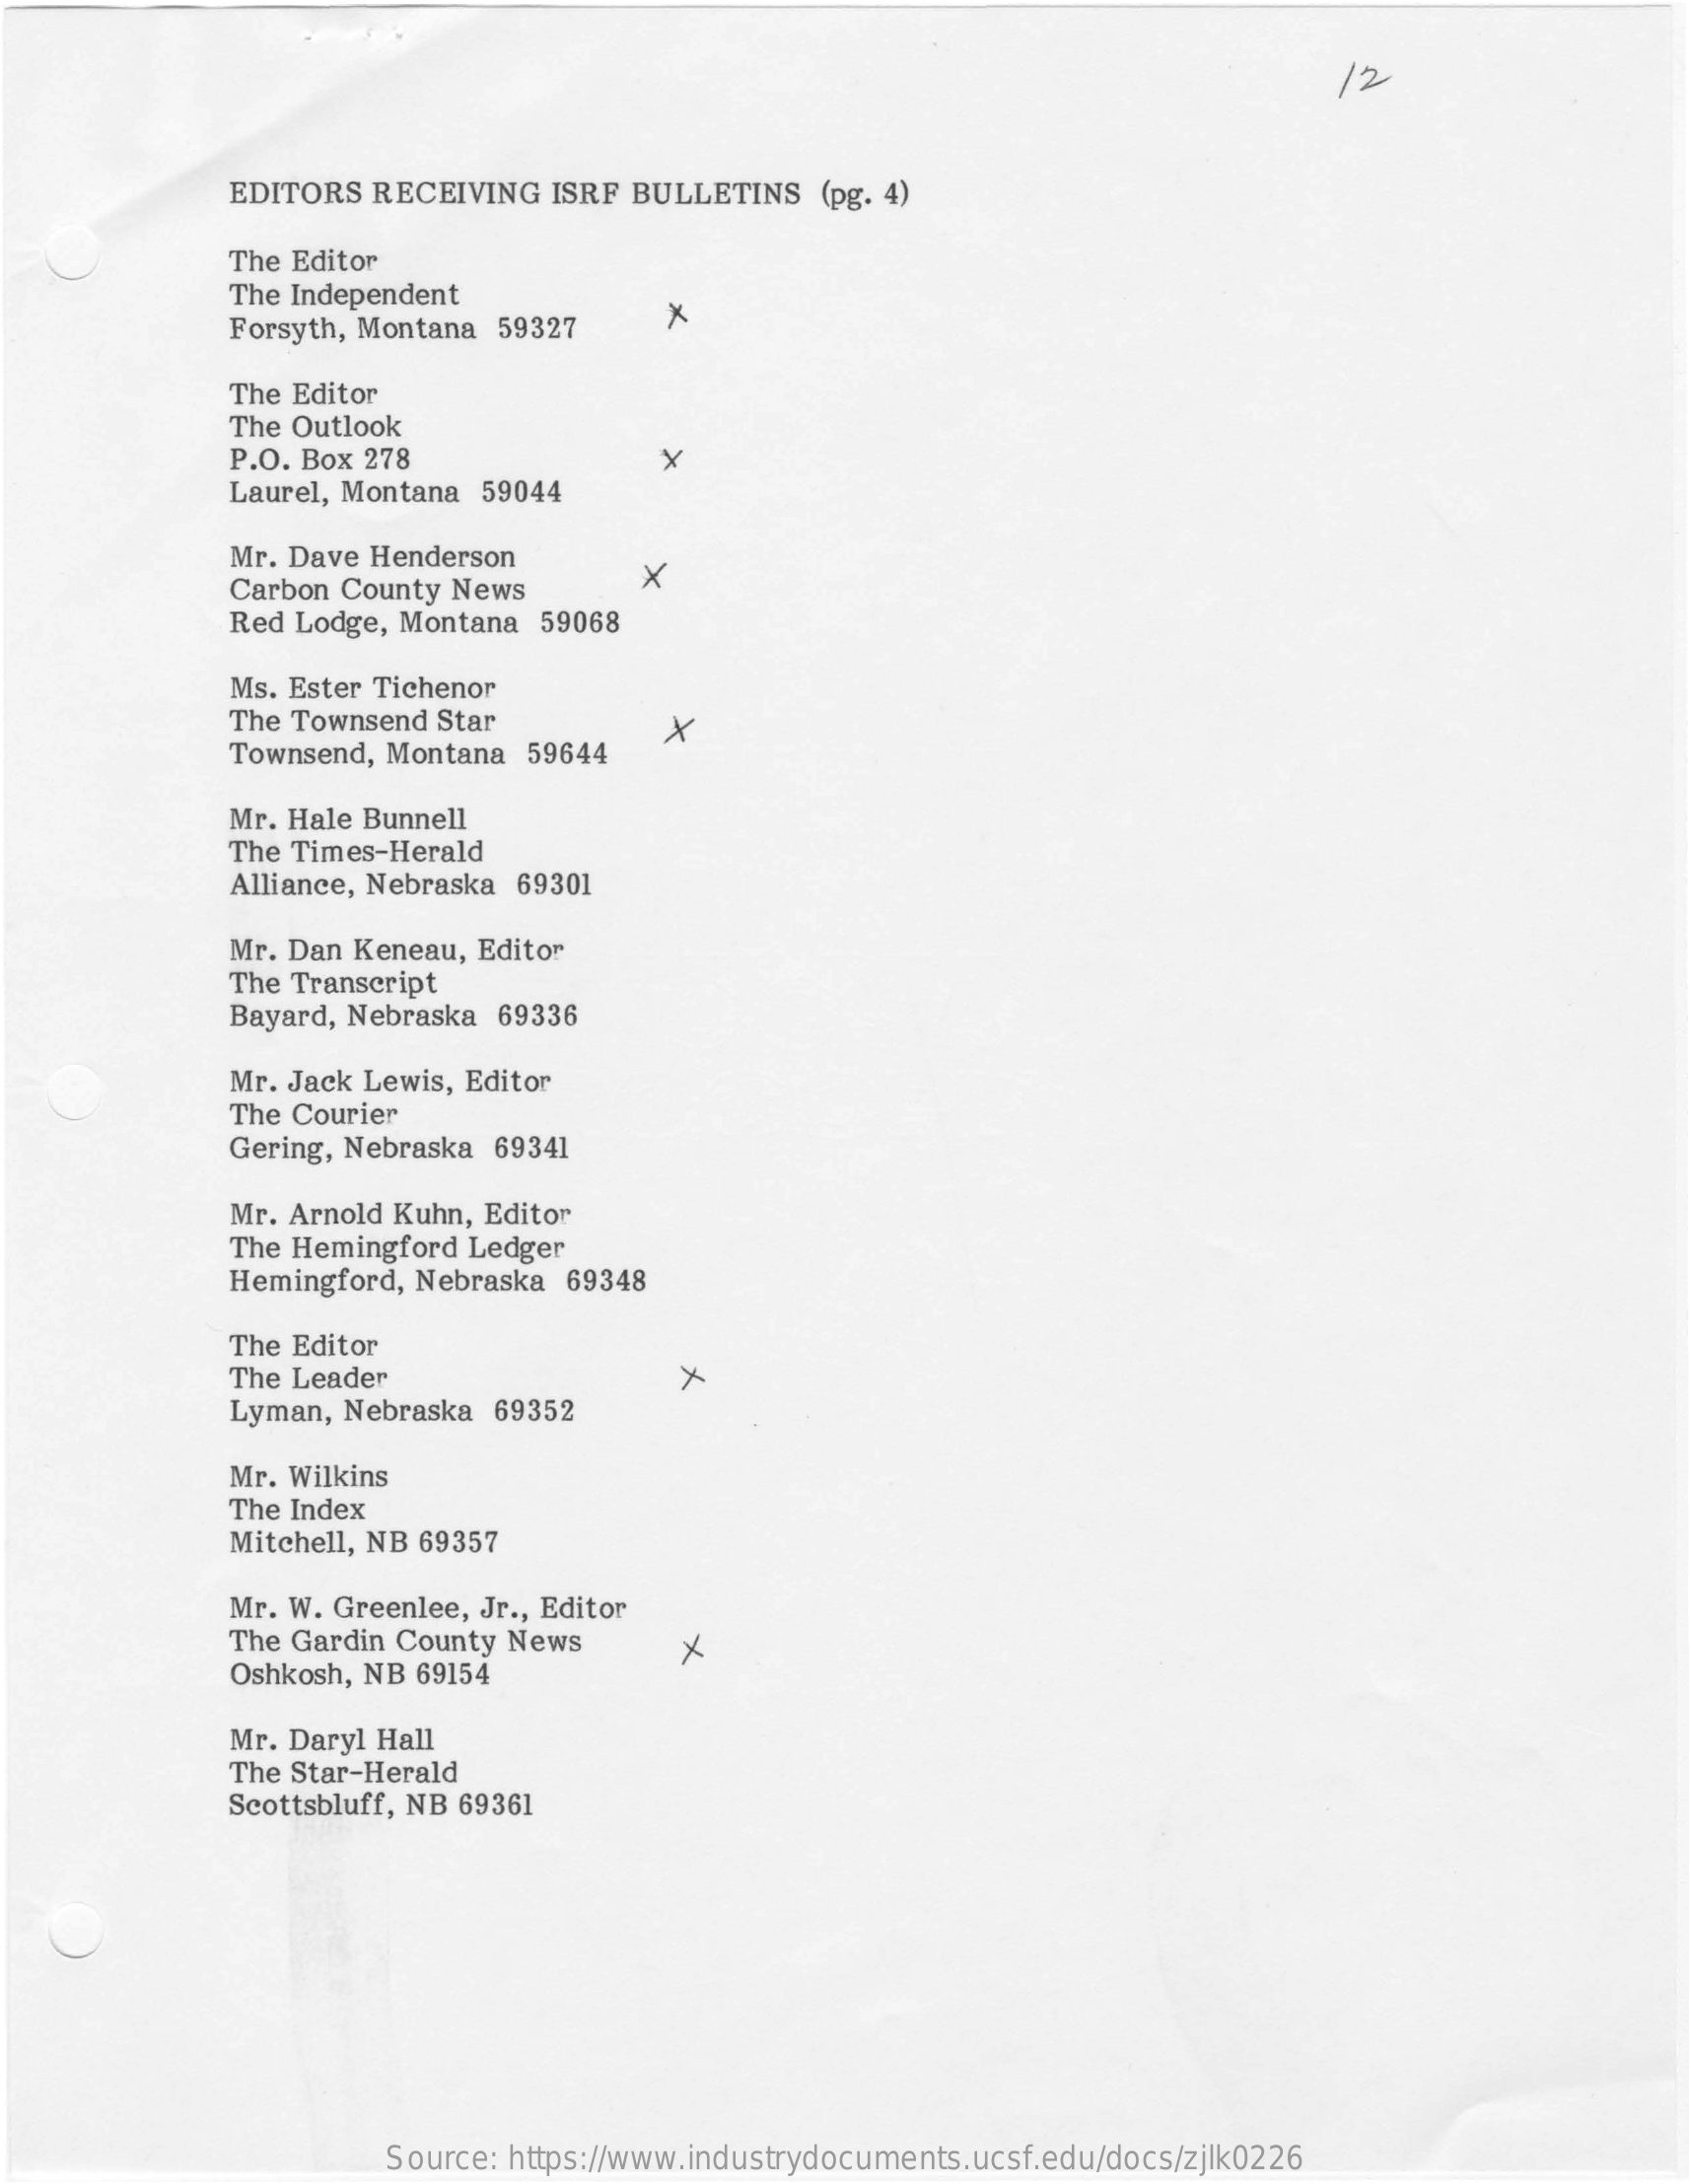
12
     EDITORS  RECEIVING   ISRF BULLETINS   (pg. 4)
     The Editor
     The Independent
     Forsyth, Montana 59327    x
     The Editor
     The Outlook
     P.O. Box 278
     Laurel, Montana 59044
     Mr. Dave Henderson
     Carbon County News    X
     Red Lodge, Montana  59068
     Ms. Ester Tichenor
     The Townsend Star
     Townsend, Montana  59644
     X
     Mr. Hale Bunnell
     The Times-Herald
     Alliance, Nebraska 69301
     Mr. Dan Keneau, Editor
     The Transcript
     Bayard, Nebraska 69336
     Mr. Jack Lewis, Editor
     The Courier
     Gering, Nebraska 69341
     Mr. Arnold Kuhn, Editor
     The Hemingford Ledger
     Hemingford, Nebraska  69348
     The Editor
     The Leader    X
     Lyman, Nebraska  69352
     Mr. Wilkins
     The Index
     Mitchell, NB 69357
     Mr. W. Greenlee, Jr ., Editor
     The Gardin County News
     Oshkosh, NB 69154
     ×
     Mr. Daryl Hall
     The Star-Herald
     Scottsbluff, NB 69361
     Source: https://www.industrydocuments.ucsf.edu/docs/zjlk0226